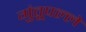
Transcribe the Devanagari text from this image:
गुंतूपल्ले